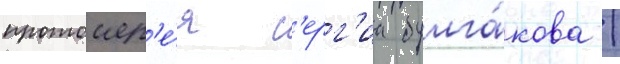
протоиер'е́я с'ерг'иа булга́кова /